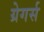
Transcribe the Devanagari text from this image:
ग्रेगर्स